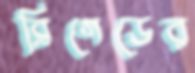
ব্রিগেডের